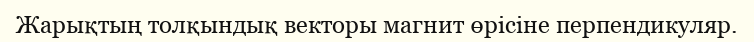
Жарықтың толқындық векторы магнит өрісіне перпендикуляр.